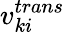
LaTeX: v_{ki}^{trans}